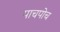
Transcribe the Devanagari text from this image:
पाचपोच